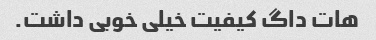
هات داگ کیفیت خیلی خوبی داشت.